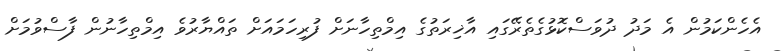
އެހެންކަމުން އެ މަދު ދުވަސްކޮޅުގެތެރޭގައި އާޚިރަތުގެ އިމްތިހާނަށް ފުރިހަމައަށް ތައްޔާރުވެ އިމްތިހާނުން ފާސްވުމަށް